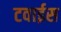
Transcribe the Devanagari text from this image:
टवाईस